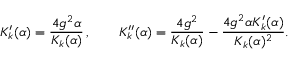
K _ { k } ^ { \prime } ( \alpha ) = \frac { 4 g ^ { 2 } \alpha } { K _ { k } ( \alpha ) } \, , \qquad K _ { k } ^ { \prime \prime } ( \alpha ) = \frac { 4 g ^ { 2 } } { K _ { k } ( \alpha ) } - \frac { 4 g ^ { 2 } \alpha K _ { k } ^ { \prime } ( \alpha ) } { K _ { k } ( \alpha ) ^ { 2 } } .